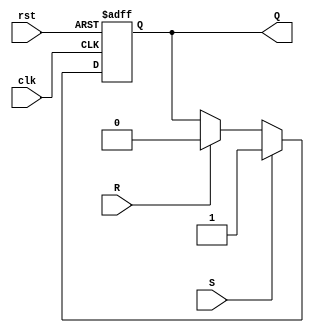
`timescale 1ns / 1ps

//******************************************************************************//
//  Project:	CECS 460 Project 4: Full UART                                   //
//                                                                              //
//	Created by Vince Nguyen on May 11, 2020                                     //
//  Copyright  2020 Vince Nguyen.  All rights reserved.                        //
//                                                                              //
//  In submitting this file for class work at CSULB I am confirming that this   //
//  is my work and the work of no one else.  In submitting this code I          //
//  acknowledge that plagiarism in student project work is subject to dismissal //
//  from the class.                                                             //
//                                                                              //
//******************************************************************************//

module SR_Flop(
    input       clk,
    input       rst,
    input       S,
    input       R,
    output  reg Q
    );
    
    always @(posedge clk, posedge rst)
        if(rst)     Q <= 1'b0;
        else if(S)  Q <= 1'b1;
        else if(R)  Q <= 1'b0;
        else        Q <= Q;
endmodule